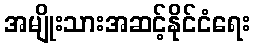
အမျိုးသားအဆင့်နိုင်ငံရေး